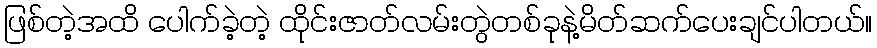
ဖြစ်တဲ့အထိ ပေါက်ခဲ့တဲ့ ထိုင်းဇာတ်လမ်းတွဲတစ်ခုနဲ့မိတ်ဆက်ပေးချင်ပါတယ်။